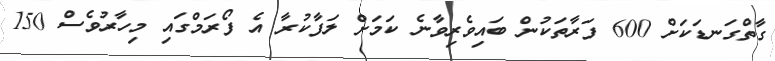
ގާތްގަނޑަކަށް 600 ފަރާތަކުން ބައިވެރިވާނެ ކަމަށް ލަފާކުރާ އެ ފޯރަމްގައި މިހާރުވެސް 150